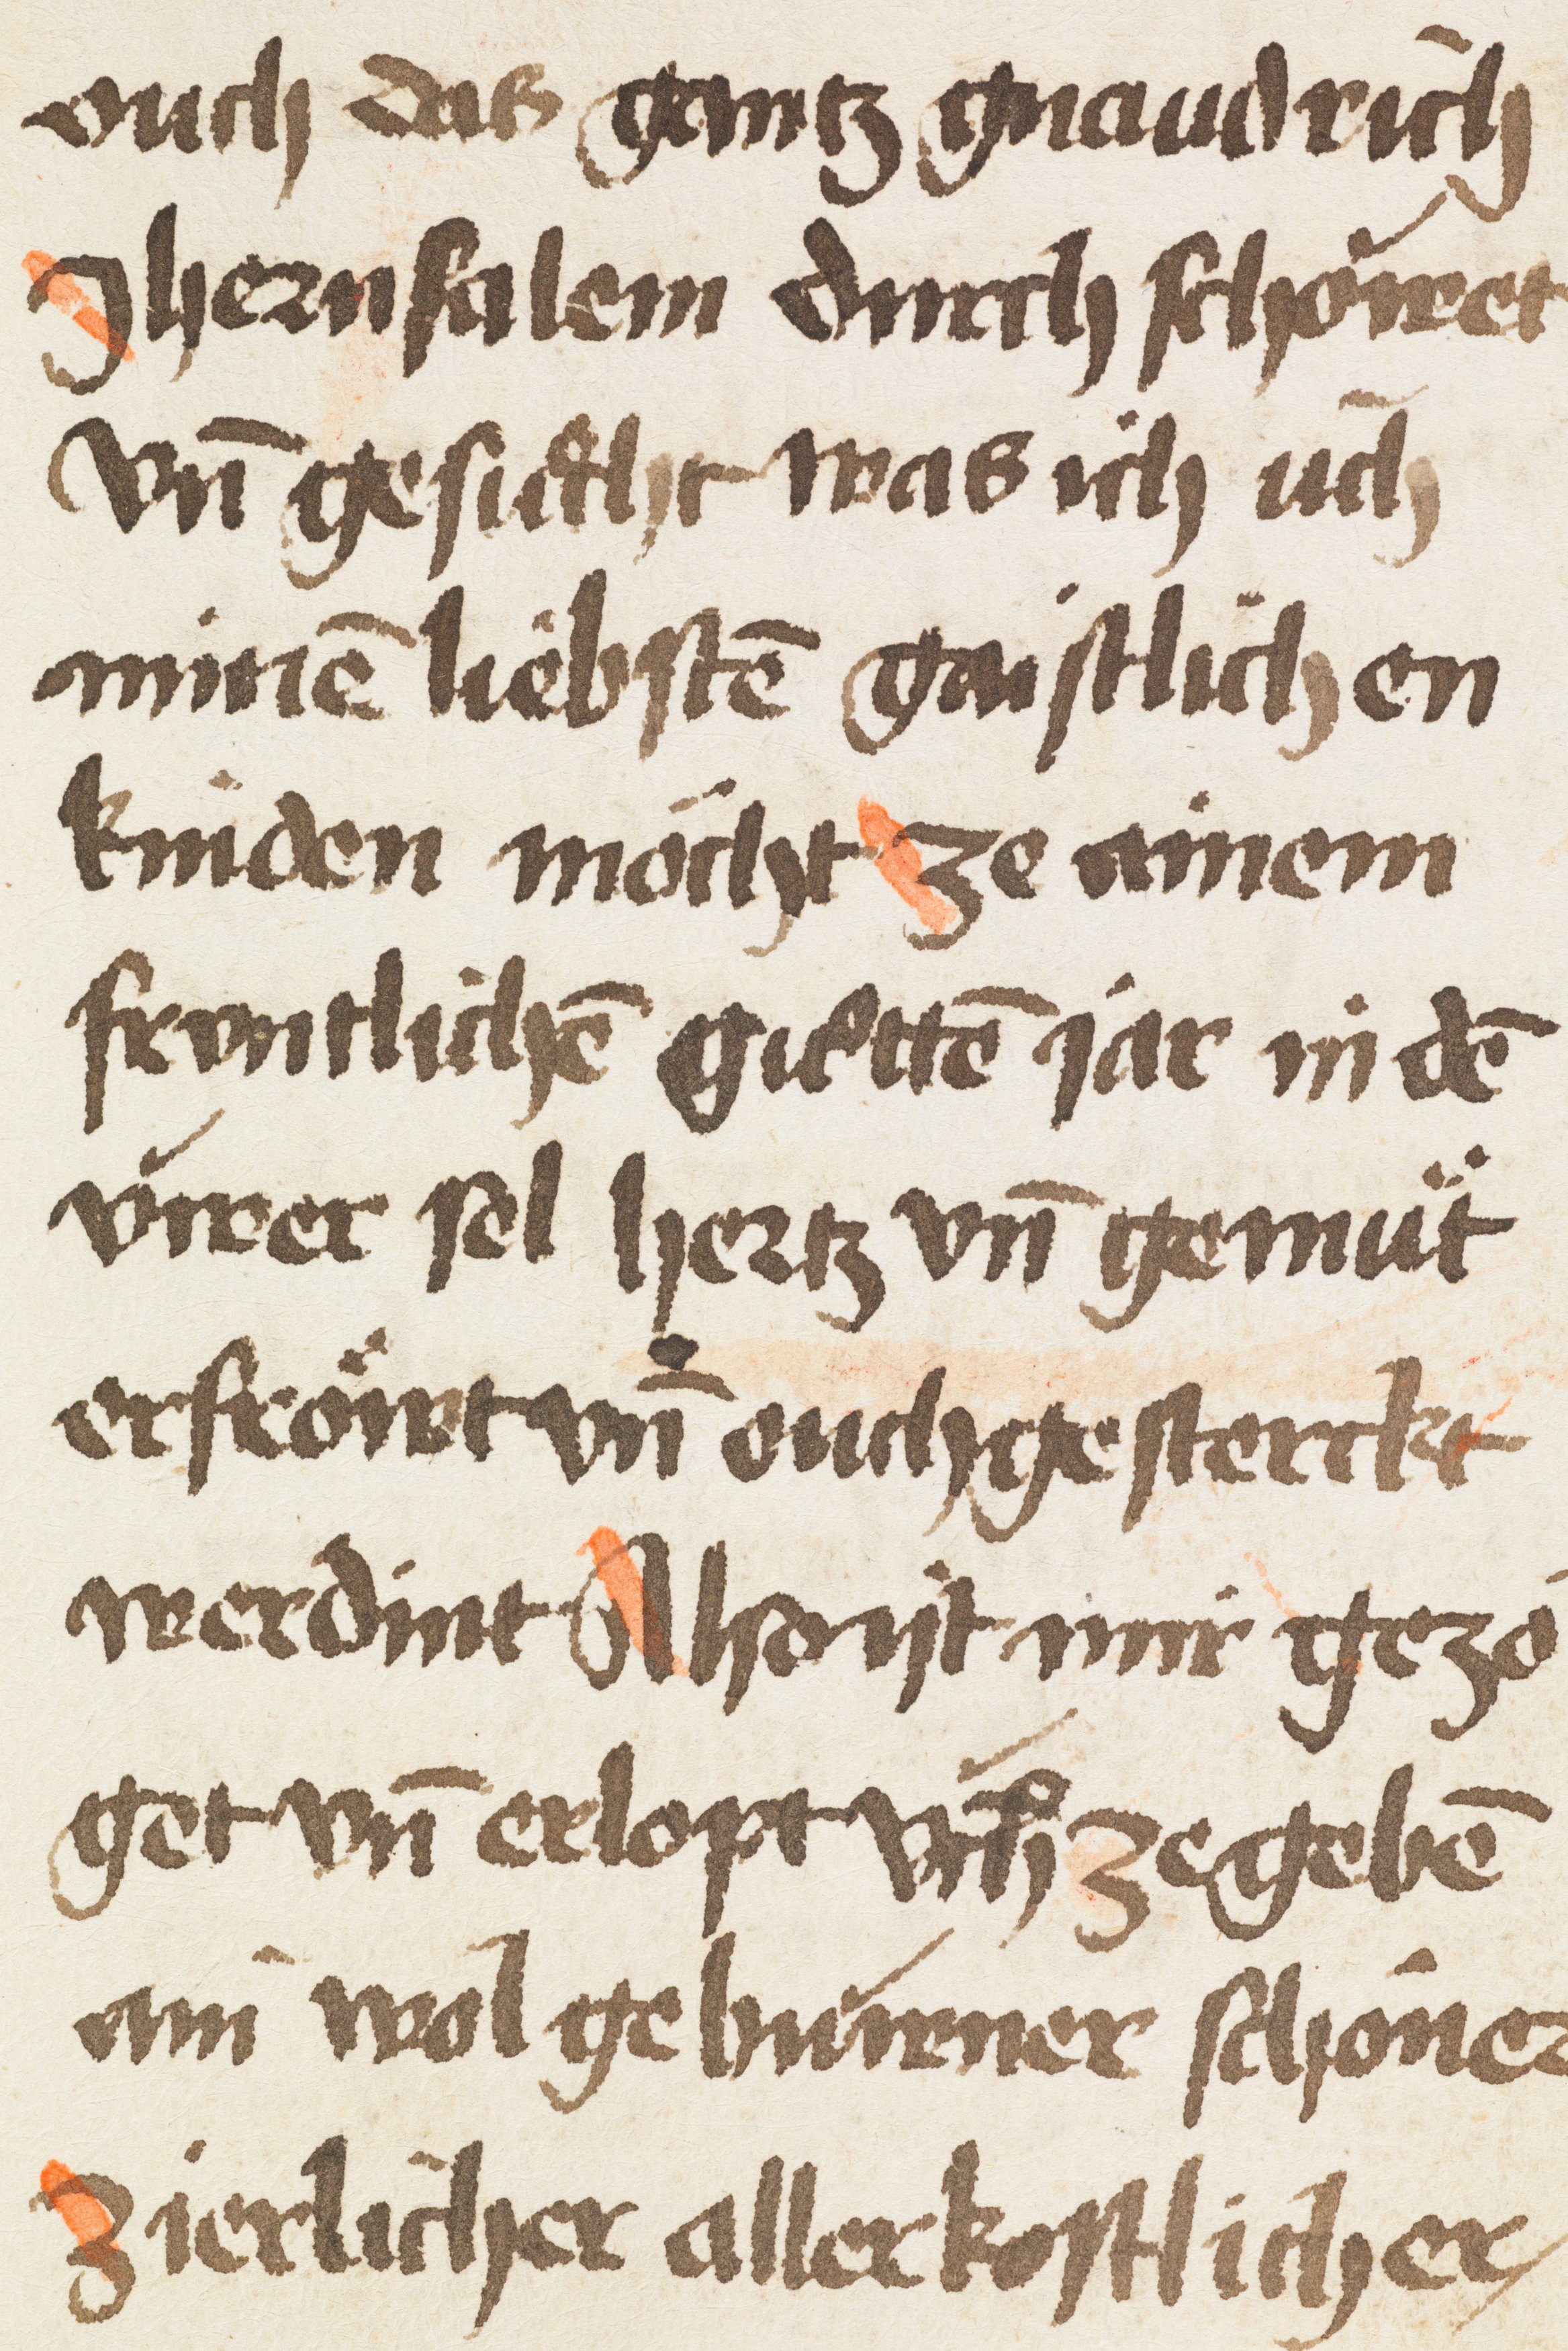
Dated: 1500–1530